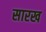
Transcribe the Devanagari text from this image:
सारख